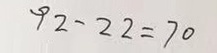
9 2 - 2 2 = 7 0